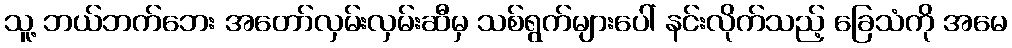
သူ့ ဘယ်ဘက်ဘေး အတော်လှမ်းလှမ်းဆီမှ သစ်ရွက်များပေါ် နင်းလိုက်သည့် ခြေသံကို အမေ